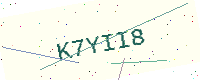
Text: K7YII8